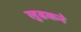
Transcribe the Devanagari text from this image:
लुढकने